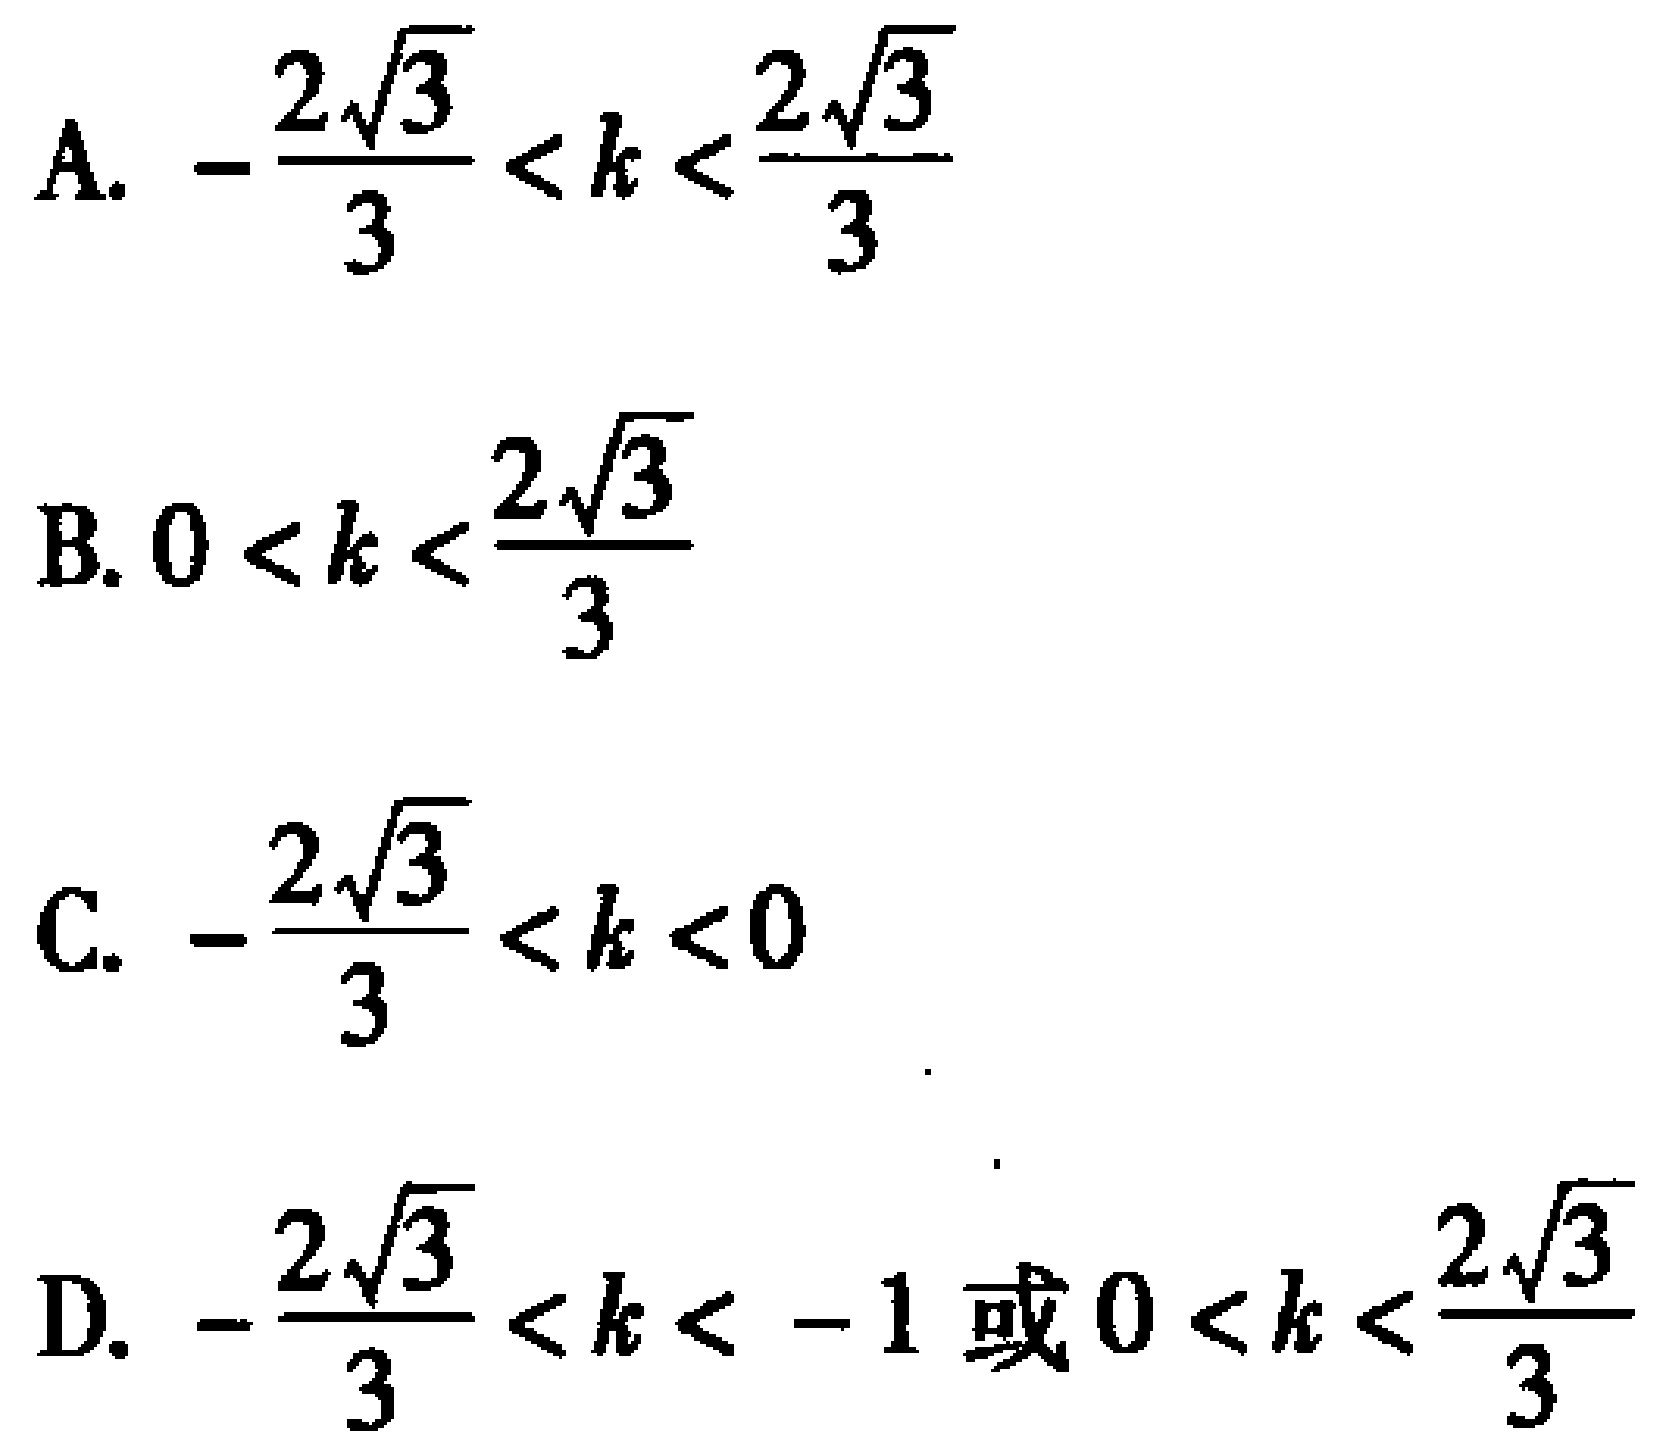
A. \(-\frac{2\sqrt{3}}{3}<k<\frac{2\sqrt{3}}{3}\)
B. \(0<k<\frac{2\sqrt{3}}{3}\)
C. \(-\frac{2\sqrt{3}}{3}<k<0\)
D. \(-\frac{2\sqrt{3}}{3}<k<-1\text{ 或 }0<k<\frac{2\sqrt{3}}{3}\)